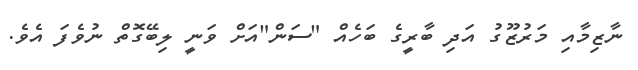
ނާޒިމާއި މަރުޒޫގު އަދި ބާރީގެ ބަހެއް "ސަން"އަށް ވަނީ ލިބޭގޮތް ނުވެފަ އެވެ.